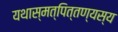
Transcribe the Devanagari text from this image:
यथास्मत्पित्तण्यस्य